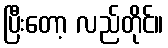
ပြီးတော့ လည်တိုင်။